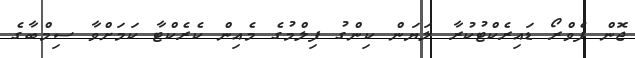
ޖޮން ފެވްރޯ ޑައިރެކްޓުކުރާ ލަޔަން ކިންގު ފިލްމުގެ މެއިން ކެރެކްޓާ ކަމަށްވާ ސިމްބާގެ